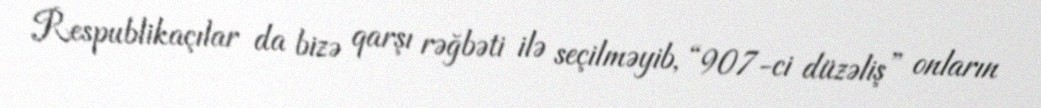
Respublikaçılar da bizə qarşı rəğbəti ilə seçilməyib, “907-ci düzəliş” onların